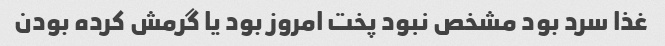
غذا سرد بود مشخص نبود پخت امروز بود یا گرمش کرده بودن